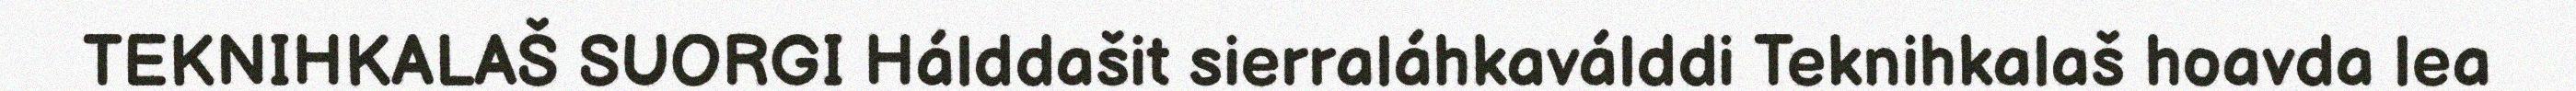
TEKNIHKALAŠ SUORGI Hálddašit sierraláhkaválddi Teknihkalaš hoavda lea